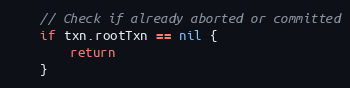
Language: Go
	// Check if already aborted or committed
	if txn.rootTxn == nil {
		return
	}